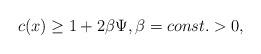
LaTeX: \begin{align*}c(x)\geq 1+2\beta \Psi ,\beta =const.>0, \end{align*}